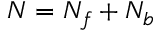
N = N _ { f } + N _ { b }